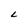
Character: L